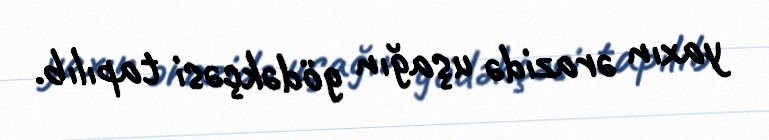
yaxın ərazidə uşağın gödəkçəsi tapılıb.